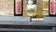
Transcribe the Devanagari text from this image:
कारबूज़िए